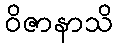
ဝိဇာနာသိ